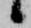
候